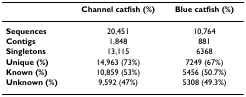
<table><thead><tr><td></td><td><b>Channel catfish (%)</b></td><td><b>Blue catfish (%)</b></td></tr></thead><tbody><tr><td><b>Sequences</b></td><td>20,451</td><td>10,764</td></tr><tr><td><b>Contigs</b></td><td>1,848</td><td>881</td></tr><tr><td><b>Singletons</b></td><td>13,115</td><td>6368</td></tr><tr><td><b>Unique (%)</b></td><td>14,963 (73%)</td><td>7249 (67%)</td></tr><tr><td><b>Known (%)</b></td><td>10,859 (53%)</td><td>5456 (50.7%)</td></tr><tr><td><b>Unknown (%)</b></td><td>9,592 (47%)</td><td>5308 (49.3%)</td></tr></tbody></table>